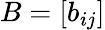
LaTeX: B=[b_{ij}]